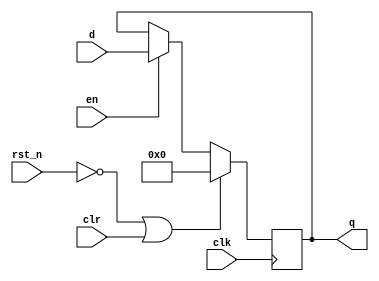
// This program was cloned from: https://github.com/yohanes-erwin/pemrograman_zynq
// License: MIT License

// *** Author : Erwin Ouyang
// *** Date   : 8 May 2018
`timescale 1ns / 1ps

module register
    (
        input wire               clk,
        input wire               rst_n,
        input wire               en,
        input wire               clr,
        input wire signed [15:0] d,
        output reg signed [15:0] q
    );
    
    always @(posedge clk)
    begin
        if (!rst_n || clr)
            q <= 0;
        else if (en)
            q <= d;
    end
    
endmodule